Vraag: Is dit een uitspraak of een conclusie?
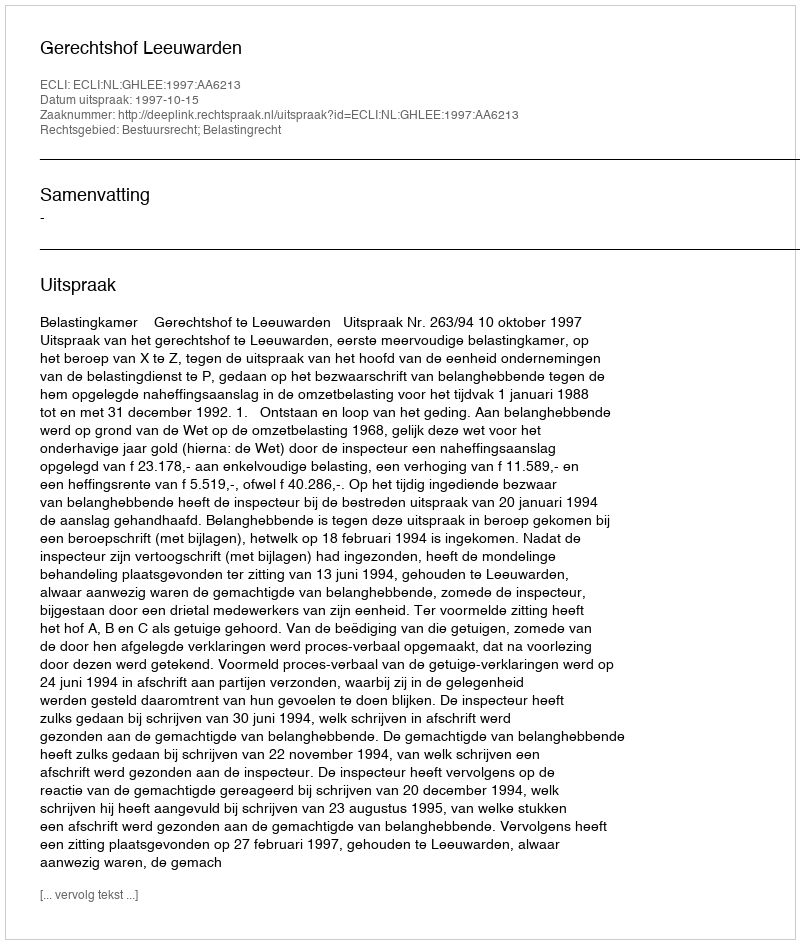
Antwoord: Uitspraak